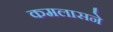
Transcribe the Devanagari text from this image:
कमलासने